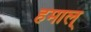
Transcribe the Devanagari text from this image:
हमाल्